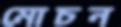
মোচন